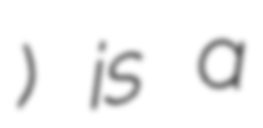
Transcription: ساردوئيه) is a